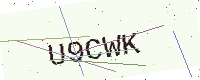
Text: U9CWK